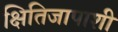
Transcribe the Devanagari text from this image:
क्षितिजापाशी